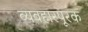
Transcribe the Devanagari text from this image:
व्यवहारपूरक